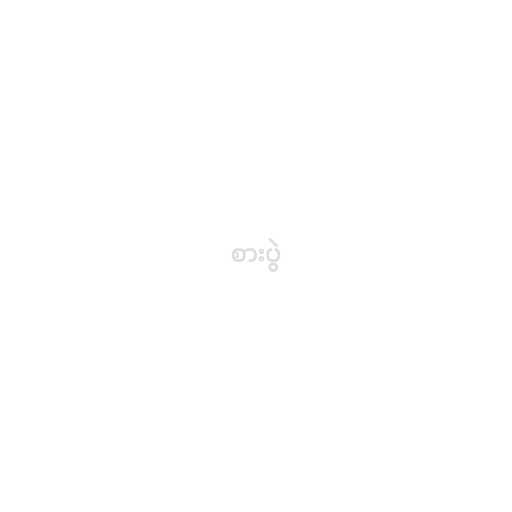
စားပွဲ